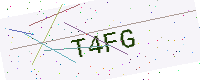
Text: T4FG